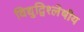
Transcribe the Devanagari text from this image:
विद्युद्विश्लेषीय